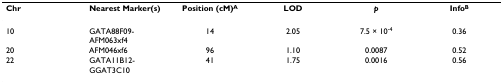
<table><thead><tr><td><b>Chr</b></td><td><b>Nearest Marker(s)</b></td><td><b>Position (cM)<sup>A</sup></b></td><td><b>LOD</b></td><td><b><i>p</i></b></td><td><b>Info<sup>B</sup></b></td></tr></thead><tbody><tr><td>10</td><td>GATA88F09-AFM063xf4</td><td>14</td><td>2.05</td><td>7.5 × 10<sup>-4</sup></td><td>0.36</td></tr><tr><td>20</td><td>AFM046xf6</td><td>96</td><td>1.10</td><td>0.0087</td><td>0.52</td></tr><tr><td>22</td><td>GATA11B12-GGAT3C10</td><td>41</td><td>1.75</td><td>0.0016</td><td>0.56</td></tr></tbody></table>